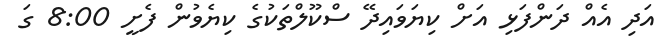
އަދި އެއް ދަންފަޅި އަށް ކިޔަވައިދޭ ސްކޫލްތަކުގެ ކިޔެވުން ފެށީ 8:00 ގަ